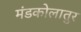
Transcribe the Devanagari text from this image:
मंडकोलातुर